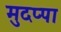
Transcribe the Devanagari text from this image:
मुदप्पा